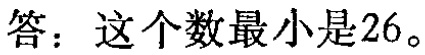
答：这个数最小是\(26\)。